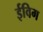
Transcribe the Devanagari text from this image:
ईविग